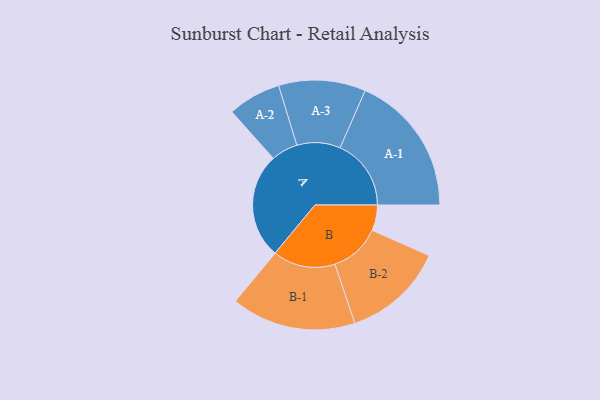
{"axis": {"x": "Segment", "y": "Value"}, "legend": ["", "A", "B"], "data": [{"x": "A", "y": 413, "type": ""}, {"x": "B", "y": 100, "type": ""}, {"x": "A-1", "y": 278, "type": "A"}, {"x": "A-2", "y": 104, "type": "A"}, {"x": "A-3", "y": 170, "type": "A"}, {"x": "B-1", "y": 244, "type": "B"}, {"x": "B-2", "y": 199, "type": "B"}]}